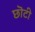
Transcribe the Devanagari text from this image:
छॊटी